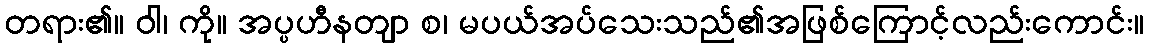
တရား၏။ ဝါ၊ ကို။ အပ္ပဟီနတျာ စ၊ မပယ်အပ်သေးသည်၏အဖြစ်ကြောင့်လည်းကောင်း။